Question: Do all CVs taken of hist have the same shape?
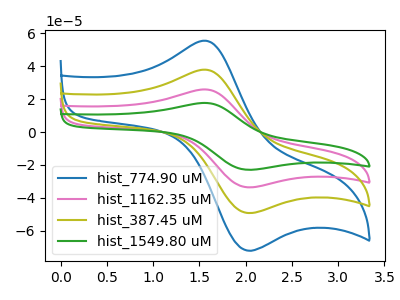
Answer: <think>The blue curve "hist_774.90 uM" has an anodic peak at (1.55V, 55.50uA) and a cathodic peak at (2.00V, -71.60uA). The pink curve "hist_1162.35 uM" has an anodic peak at (1.55V, 75.80uA) and a cathodic peak at (2.00V, -97.80uA). The olive curve "hist_387.45 uM" has an anodic peak at (1.55V, 37.90uA) and a cathodic peak at (2.00V, -48.90uA). The green curve "hist_1549.80 uM" has an anodic peak at (1.55V, 113.70uA) and a cathodic peak at (2.00V, -146.70uA).
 All the peaks in "hist_774.90 uM" have a peak in "hist_1162.35 uM" at the same potential. Every peak in "hist_774.90 uM" is lower than every peak in "hist_1162.35 uM". All the peaks in "hist_774.90 uM" have a peak in "hist_387.45 uM" at the same potential. Every peak in "hist_774.90 uM" is higher than every peak in "hist_387.45 uM". All the peaks in "hist_774.90 uM" have a peak in "hist_1549.80 uM" at the same potential. Every peak in "hist_774.90 uM" is lower than every peak in "hist_1549.80 uM". All the peaks in "hist_1162.35 uM" have a peak in "hist_387.45 uM" at the same potential. Every peak in "hist_1162.35 uM" is higher than every peak in "hist_387.45 uM". All the peaks in "hist_1162.35 uM" have a peak in "hist_1549.80 uM" at the same potential. Every peak in "hist_1162.35 uM" is lower than every peak in "hist_1549.80 uM". All the peaks in "hist_387.45 uM" have a peak in "hist_1549.80 uM" at the same potential. Every peak in "hist_387.45 uM" is lower than every peak in "hist_1549.80 uM".</think>
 <answer>All the CV's of "hist" have similar shape.</answer>
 <eval>follow_rule</eval>